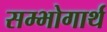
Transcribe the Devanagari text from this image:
सम्भोगार्थ